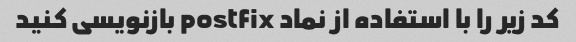
کد زیر را با استفاده از نماد postfix بازنویسی کنید